Civil Veterinary Dept. Bombay admin report 1900-1906 - 1900-1906
Year: 1900
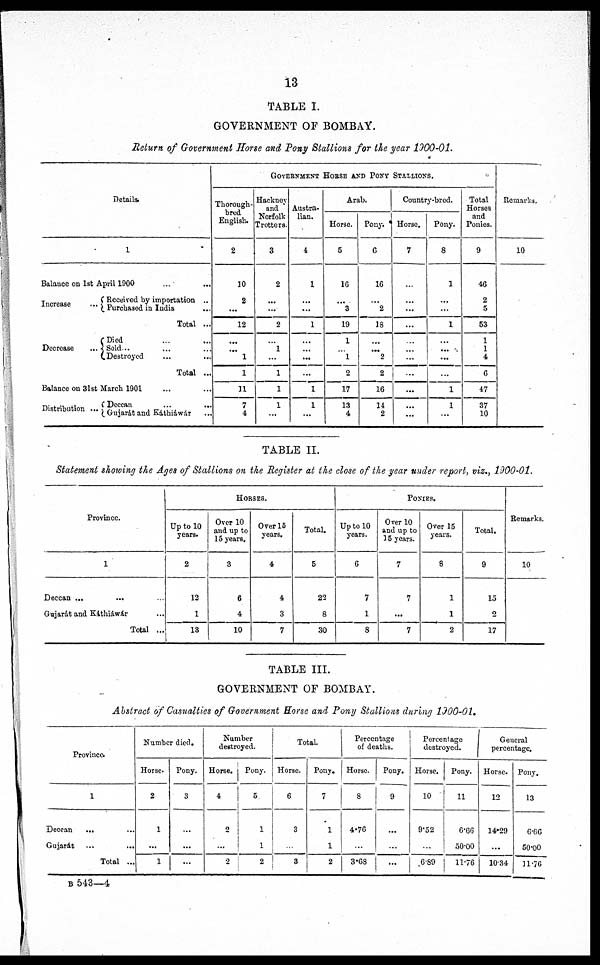
13
TABLE I.
GOVERNMENT OF BOMBAY.
Return of Government Horse and Pony Stallions for the year 1900-01.
Details.
1
Balance on 1st April 1900 ... ...
Increase
...
Received by importation ..
Purchased in India ...
Total ...
Decrease
...
Died ... ...
Sold ... ... ...
Destroyed ... ...
Total ...
Balance on 31st March 1901 ... ...
Distribution ...
Deccan
Gujarát Káthiáwár ...
GOVERNMENT HORSE AND PONY STALLIOINS.
Thorough-
bred
English.
2
30
2
...
12
...
...
1
1
11
7
4
Hackney
and
Norfolk
Trotters.
3
2
...
...
2
...
1
...
1
1
1
...
Austra-
lian.
4
1
...
...
1
...
...
...
...
1
1
...
Arab.
Horse.
5
10
...
3
19
1
...
1
2
17
13
4
Pony.
6
16
...
2
18
...
...
2
2
16
14
2
Country-bred.
Horse.
7
...
...
...
...
...
...
...
...
...
...
...
Pony.
8
1
...
...
1
...
...
...
...
1
1
...
Total
Horses
and
Ponies.
9
46
2
5
53
1
1
4
6
47
37
10
Remarks.
10
TABLE II.
Statement showing the Ages of Stallions on the Register at the close of the year under report, viz., 1900-01.
Province.
1
Deccan ...
Gujarát and Káthiáwár ...
Total ...
HORSE.
Up to 10
years.
2
12
1
13
Over 10
and up to
15 years.
3
6
4
10
Over 15
years.
4
4
3
7
Total.
5
22
8
30
PONIES.
Up to 10
years.
6
7
1
8
Over 10
and up to
15 years.
7
7
...
7
Over 15
years.
8
1
1
2
Total.
9
15
2
17
Remarks.
10
TABLE III.
GOVERNMENT OF BOMBAY.
Abstract of Casualties of Government Horse and Pony Stallions during 1900-01.
Province.
1
Deccan
...
Gujarát ...
...
Total ...
Number died.
Horse.
2
1
...
1
Pony.
3
...
...
...
Number
destroyed.
Horse.
4
2
...
2
Pony.
5
1
1
2
Total.
Horse.
6
3
...
3
Pony.
7
1
1
2
Percentage
of deaths.
Horse.
8
4.76
...
3.68
Pony.
9
...
...
...
Percentage
destroyed.
Horse.
10
9.52
6.89
Pony.
11
6.66
50.00
11.76
General
percentage.
Horse.
12
14.29
...
10.34
Pony.
13
6.66
50.00
11.76
B 543—4